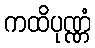
ကထိပုဏ္ဏံ